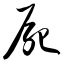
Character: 尸